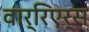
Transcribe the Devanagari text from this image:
वार्रिएर्स